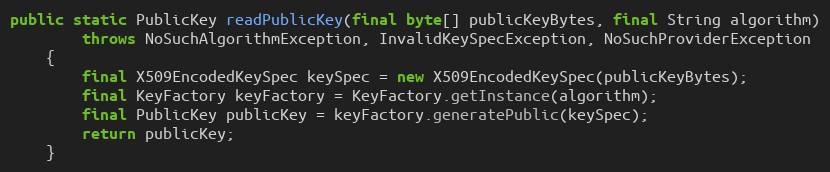
Language: Java
public static PublicKey readPublicKey(final byte[] publicKeyBytes, final String algorithm)
		throws NoSuchAlgorithmException, InvalidKeySpecException, NoSuchProviderException
	{
		final X509EncodedKeySpec keySpec = new X509EncodedKeySpec(publicKeyBytes);
		final KeyFactory keyFactory = KeyFactory.getInstance(algorithm);
		final PublicKey publicKey = keyFactory.generatePublic(keySpec);
		return publicKey;
	}